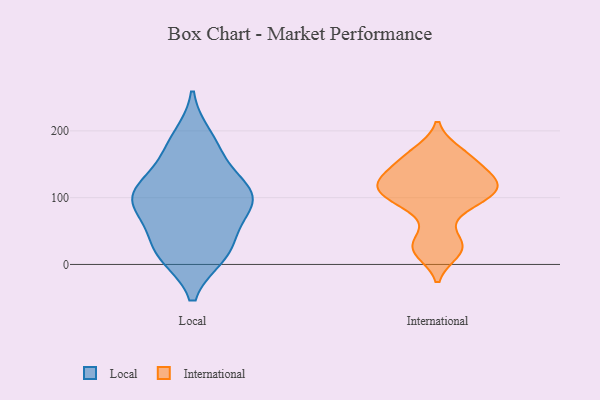
{"axis": {"x": "Tickets Resolved", "y": "Value"}, "legend": ["International", "Local"], "data": [{"x": "", "y": 17, "type": "Local"}, {"x": "", "y": 117, "type": "Local"}, {"x": "", "y": 106, "type": "Local"}, {"x": "", "y": 107, "type": "Local"}, {"x": "", "y": 91, "type": "Local"}, {"x": "", "y": 176, "type": "Local"}, {"x": "", "y": 88, "type": "Local"}, {"x": "", "y": 14, "type": "Local"}, {"x": "", "y": 191, "type": "Local"}, {"x": "", "y": 35, "type": "Local"}, {"x": "", "y": 157, "type": "Local"}, {"x": "", "y": 93, "type": "Local"}, {"x": "", "y": 109, "type": "Local"}, {"x": "", "y": 15, "type": "Local"}, {"x": "", "y": 58, "type": "Local"}, {"x": "", "y": 86, "type": "International"}, {"x": "", "y": 168, "type": "International"}, {"x": "", "y": 135, "type": "International"}, {"x": "", "y": 19, "type": "International"}, {"x": "", "y": 150, "type": "International"}, {"x": "", "y": 119, "type": "International"}, {"x": "", "y": 107, "type": "International"}, {"x": "", "y": 92, "type": "International"}, {"x": "", "y": 121, "type": "International"}, {"x": "", "y": 26, "type": "International"}, {"x": "", "y": 33, "type": "International"}, {"x": "", "y": 112, "type": "International"}, {"x": "", "y": 162, "type": "International"}, {"x": "", "y": 120, "type": "International"}]}